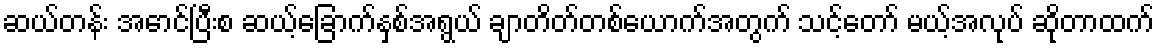
ဆယ်တန်း အောင်ပြီးစ ဆယ့်ခြောက်နှစ်အရွယ် ချာတိတ်တစ်ယောက်အတွက် သင့်တော် မယ့်အလုပ် ဆိုတာထက်